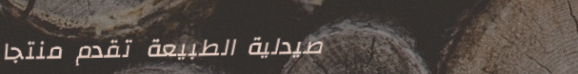
صيدلية الطبيعة تقدم منتجا